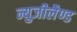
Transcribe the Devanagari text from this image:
न्युजीलैण्ड